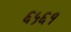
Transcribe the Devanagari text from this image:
६५६१